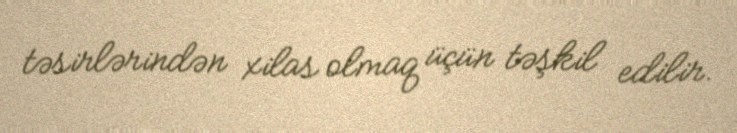
təsirlərindən xilas olmaq üçün təşkil edilir.